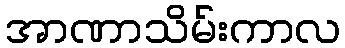
အာဏာသိမ်းကာလ